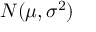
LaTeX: N ( \mu , \sigma ^ { 2 } )